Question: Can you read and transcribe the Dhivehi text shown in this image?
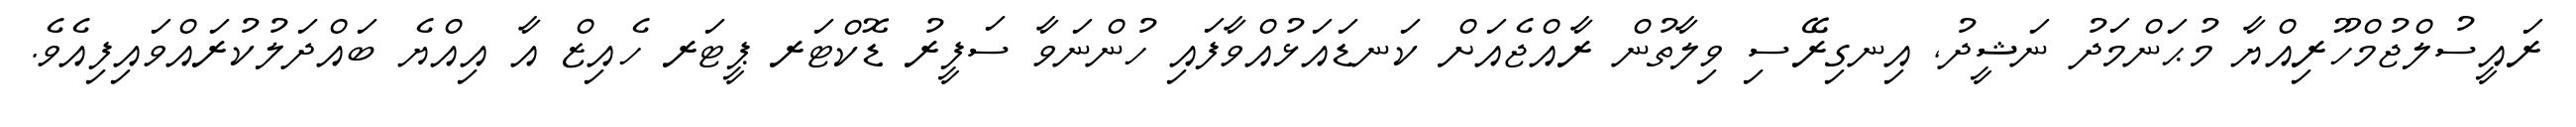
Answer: ރައީސުލްޖުމްހޫރިއްޔާ މުޙަންމަދު ނަޝީދު, އިނގިރޭސި ވިލާތުން ރާއްޖެއަށް ކަނޑައަޅުއްވާފައި ހުންނަވާ ސަފީރު ޑޮކްޓަރ ޕީޓަރ ހެއިޒް އާ އިއްޔެ ބައްދަލުކުރައްވައިފިއެވެ.